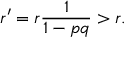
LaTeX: r ^ { \prime } = r { \frac { 1 } { 1 - p q } } > r .